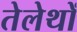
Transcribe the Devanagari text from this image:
तेलेथों